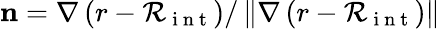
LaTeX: {\mathbf n}=\nabla\left(r-\mathcal{R}_{\mathrm{~i~n~t~}}\right)/\left\Vert\nabla\left(r-\mathcal{R}_{\mathrm{~i~n~t~}}\right)\right\Vert